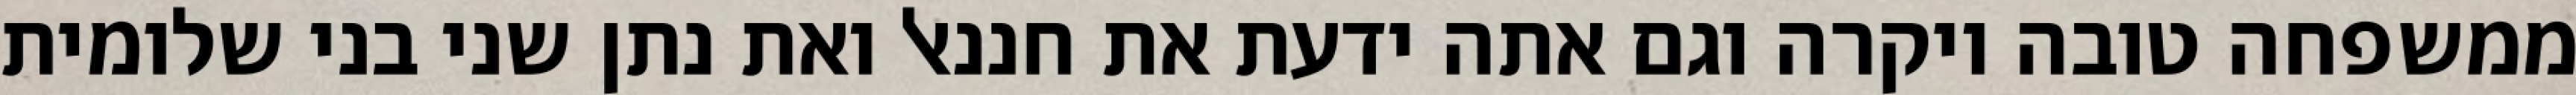
ממשפחה טובה ויקרה וגם אתה ידעת את חננאל ואת נתן שני בני שלומית